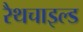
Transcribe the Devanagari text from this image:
रैथचाइल्ड